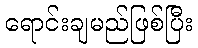
ရောင်းချမည်ဖြစ်ပြီး